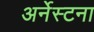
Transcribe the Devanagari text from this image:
अर्नेस्टना